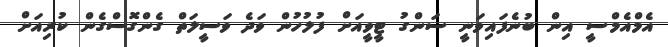
އެމްއެމްސީ އިން ބުނެފައިވަނީ ސަންގު ޓީވީއަށް ފުލުހުން ވަދެ ވަސީލަތް ގެންގޮސްގެން ކުރިއަށް